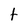
Character: t